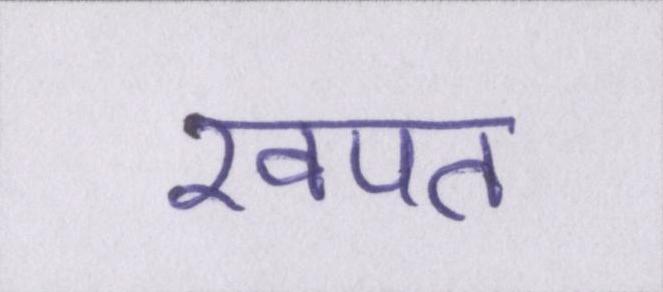
खपत